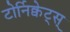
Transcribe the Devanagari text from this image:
टोर्निक्वेट्स्